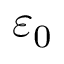
\varepsilon _ { 0 }